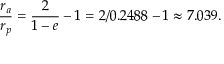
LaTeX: { \frac { r _ { a } } { r _ { p } } } = { \frac { 2 } { 1 - e } } - 1 = 2 / 0 . 2 4 8 8 - 1 \approx 7 . 0 3 9 .